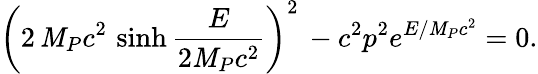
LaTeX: \left(2\, {\cal\mathit{M}}_{P}c^{2}\, \sinh\frac{{E}}{{2{\cal\mathit{M}}_{P}c^{2}}}\right)^{2}\, -c^{2}p^{2}e^{E/{\cal\mathit{M}}_{P}c^{2}}=0.